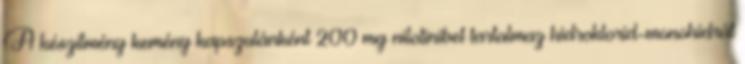
A készítmény kemény kapszulánként 200 mg nilotinibet tartalmaz hidroklorid-monohidrát